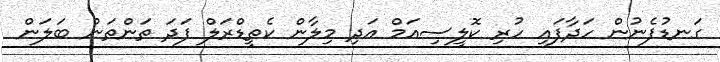
ގަނޑުފެނުން ހަދާފައި ހުރި ކޮލީސިއަމް އަދި މިލާން ކެތީޑްރަލް ފަދަ ތަންތަން ބަލަން